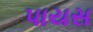
પાયસ